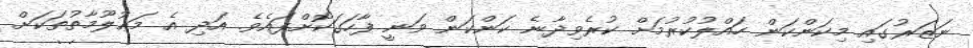
ނަޒަރުގައި މިކަންކަން ހައްލުކުރުމަށް ކުރެވިދާނެ ކަންކަން ވަނީ ފާހަގަކޮށްފައެވެ. އަދި އެ މަޢުލޫމާތުތަކަށް